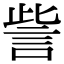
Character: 訾